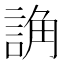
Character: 𧨖